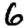
Digit: 6